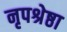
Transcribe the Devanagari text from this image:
नृपश्रेष्ठा